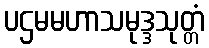
ပဌမမဟာသမုဒ္ဒသုတ္တံ